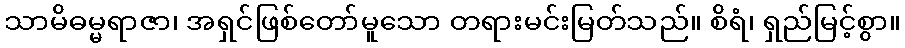
သာမိဓမ္မရာဇာ၊ အရှင်ဖြစ်တော်မူသော တရားမင်းမြတ်သည်။ စိရံ၊ ရှည်မြင့်စွာ။